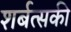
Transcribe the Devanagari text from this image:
शर्बत्सकी